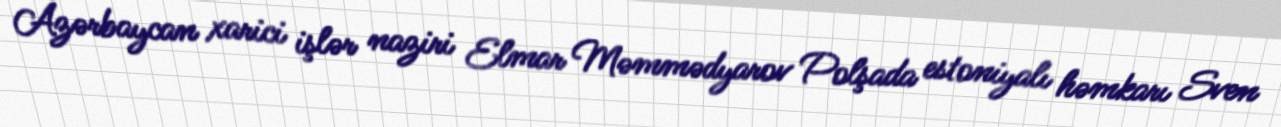
Azərbaycan xarici işlər naziri Elmar Məmmədyarov Polşada estoniyalı həmkarı Sven